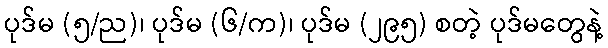
ပုဒ်မ (၅/ည)၊ ပုဒ်မ (၆/က)၊ ပုဒ်မ (၂၉၅) စတဲ့ ပုဒ်မတွေနဲ့